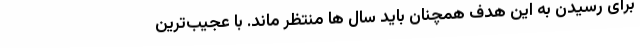
برای رسیدن به این هدف همچنان باید سال ها منتظر ماند. با عجیب‌ترین